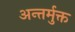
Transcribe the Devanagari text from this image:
अन्तर्मुक्त